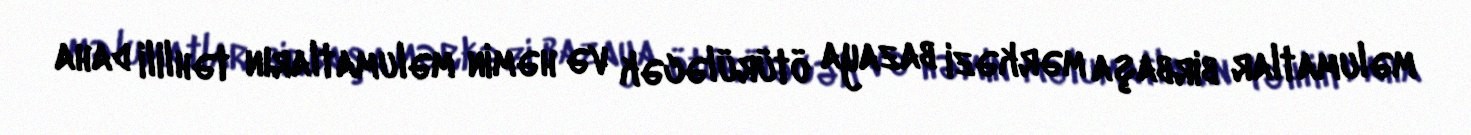
məlumatlar birbaşa mərkəzi bazaya ötürüləcək və həmin məlumatların təhlili daha